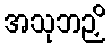
အသုဘဉှိ